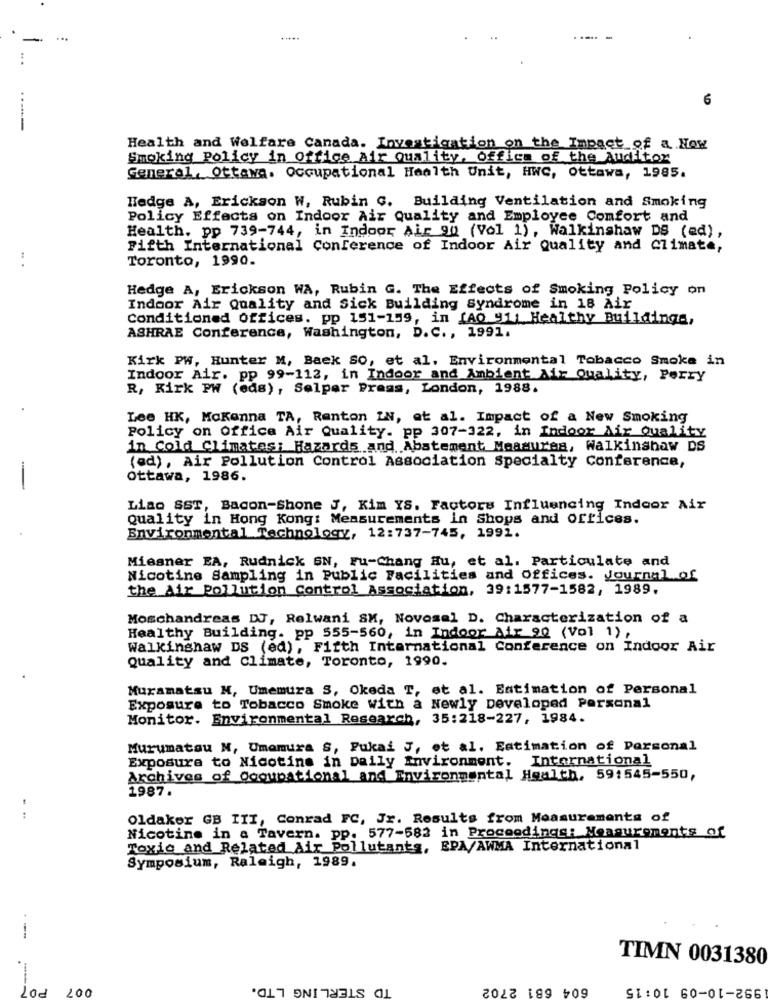
.....
-. -
AD
Health and Welfare Canada. Investigation on the Impact of a Now
Smoking Policy in Office Air Quality, Office of the Auditor
General, Ottawa. Occupational Health Unit, HWC, Ottawa, 1985.
Hedge A, Erickson W, Rubin C. Building Ventilation and Smoking
Policy Effects on Indoor Air Quality and Employee Comfort and
Health. pp 739-744, in Indoor Air 90 (Vol 1), Walkinshaw DS (ed),
Fifth International Conference of Indoor Air Quality and Climate,
Toronto, 1990.
.. .
Hedge A, Erickson WA, Rubin G. The Effects of Smoking Policy on
Indoor Air Quality and Sick Building Syndrome in 18 Air
Conditioned Offices. pp 151-199, in [AO 911 Healthy Buildings,
ASHRAE Conference, Washington, D.C ., 1991.
Kirk PW, Hunter M, Baek SO, et al. Environmental Tobacco Smoke in
Indoor Air. pp 99-112, in Indoor and Ambient Air Quality, Perry
R, Kirk PW (eds), Selper Press, London, 1988.
Lee HK, MoKanna TA, Renton IN, et al. Impact of a New Smoking
Policy on Office Air Quality. pp 307-322, in Indoor Air Quality
in Cold Climates: Hazards and Abatement Measures, Walkinshaw DS
(ed), Air Pollution Control Association Specialty Conference,
-
Ottawa, 1986.
Liao SST, Bacon-Shone J, Kim YS. Factors Influencing Indoor Air
Quality in Hong Kong: Measurements in Shops and offices.
Environmental Technology, 12:737-745, 1992.
Miesner EA, Rudnick SN, Fu-Chang Hu, et al. Particulate and
Nicotine Sampling in Public Facilities and Offices. Journal of
the Air Pollution Control Association, 39:1577-1582, 1989.
Moschandreas DJ, Relwani SM, Novosel D. Characterization of a
Healthy Building. pp 555-560, in Indoor air 90 (Vol 1) ,
Walkingnaw DS (ed), Fifth International Conference on Indoor Air
Quality and Climate, Toronto, 1990.
Muramatsu N, Umemura S, Okeda T, et al. Estimation of Personal
Exposure to Tobacco Smoke with a Newly Developed Personal
Monitor. Environmental Research, 35:218-227, 1984.
Murumatou N, Umamura S, Pukai J, et al. Estimation of Personal
Exposure to Nicotine in Daily Environment. International
Archives of Ogoupational and Environmental Health, 59:545-550,
1987.
- -
Oldaker GB III, Conrad FC, Jr. Results from Measurements of
Nicotine in a Tavern. pp. 577-582 in Proceedings: Measurements of
Toxic and Related Air Pollutants, EPA/AWMA International
Symposium, Raleigh, 1989.
TIMN 0031380
PO?
TD STERLING LTD.
604 681 2702
992-10-09 10:15
200